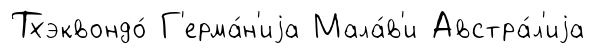
Тхэквондо́ Г'ерма́н'иjа Мала́в'и Австра́л'иjа